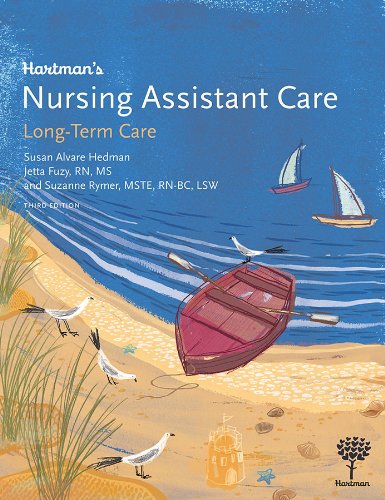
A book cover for Hartman's Nursing Assistant Care: Long-Term Care, 3e; Susan Alvare Hedman; Medical Books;